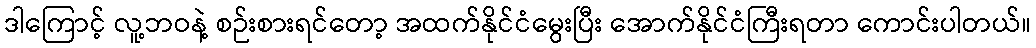
ဒါကြောင့် လူ့ဘဝနဲ့ စဉ်းစားရင်တော့ အထက်နိုင်ငံမွေးပြီး အောက်နိုင်ငံကြီးရတာ ကောင်းပါတယ်။